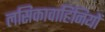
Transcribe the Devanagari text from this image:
लसिकावाहिनियों